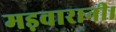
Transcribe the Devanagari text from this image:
मड़वारानी।